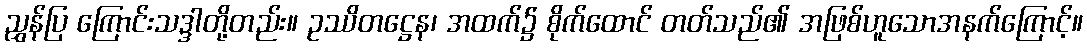
ညွှန်ပြ ကြောင်းသဒ္ဒါတို့တည်း။ ဥဿိတဋ္ဌေန၊ အထက်၌ စိုက်ထောင် တတ်သည်၏ အဖြစ်ဟူသောအနက်ကြောင့်။